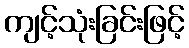
ကျင့်သုံးခြင်းဖြင့်